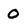
Character: 0